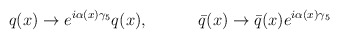
\begin{align*}q(x) \rightarrow e^{i\alpha(x)\gamma_{5}} q(x), \hspace{.5in}\bar{q}(x) \rightarrow \bar{q}(x) e^{i\alpha(x)\gamma_{5}}\end{align*}